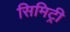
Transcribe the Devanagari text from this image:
सिमिट्री